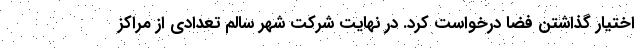
اختیار گذاشتن فضا درخواست کرد. در نهایت شرکت شهر سالم تعدادی از مراکز